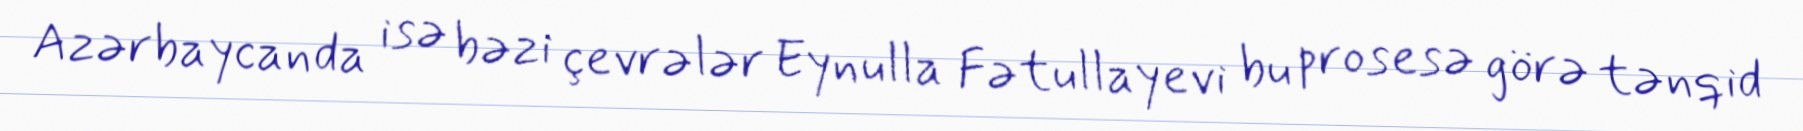
Azərbaycanda isə bəzi çevrələr Eynulla Fətullayevi bu prosesə görə tənqid